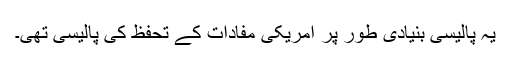
یہ پالیسی بنیادی طور پر امریکی مفادات کے تحفظ کی پالیسی تھی۔